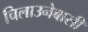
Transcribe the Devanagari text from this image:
चिलाउनेबासी